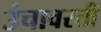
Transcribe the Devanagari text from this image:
उंचावरती